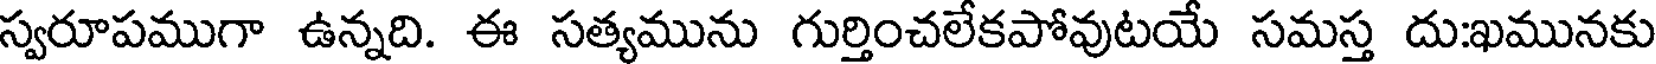
స్వరూపముగా ఉన్నది. ఈ సత్యమును గుర్తించలేకపోవుటయే సమస్త దు:ఖమునకు